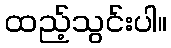
ထည့်သွင်းပါ။